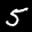
Label: 5